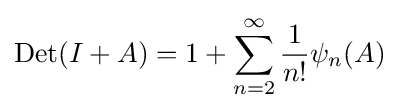
\operatorname {Det} (I+A)=1+\sum \limits _{n=2}^{\infty }{\frac {1}{n!}}\psi _{n}(A)